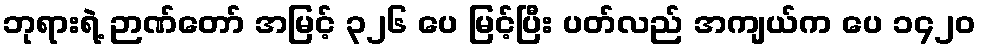
ဘုရားရဲ့ ဉာဏ်တော် အမြင့် ၃၂၆ ပေ မြင့်ပြီး ပတ်လည် အကျယ်က ပေ ၁၄၂၀